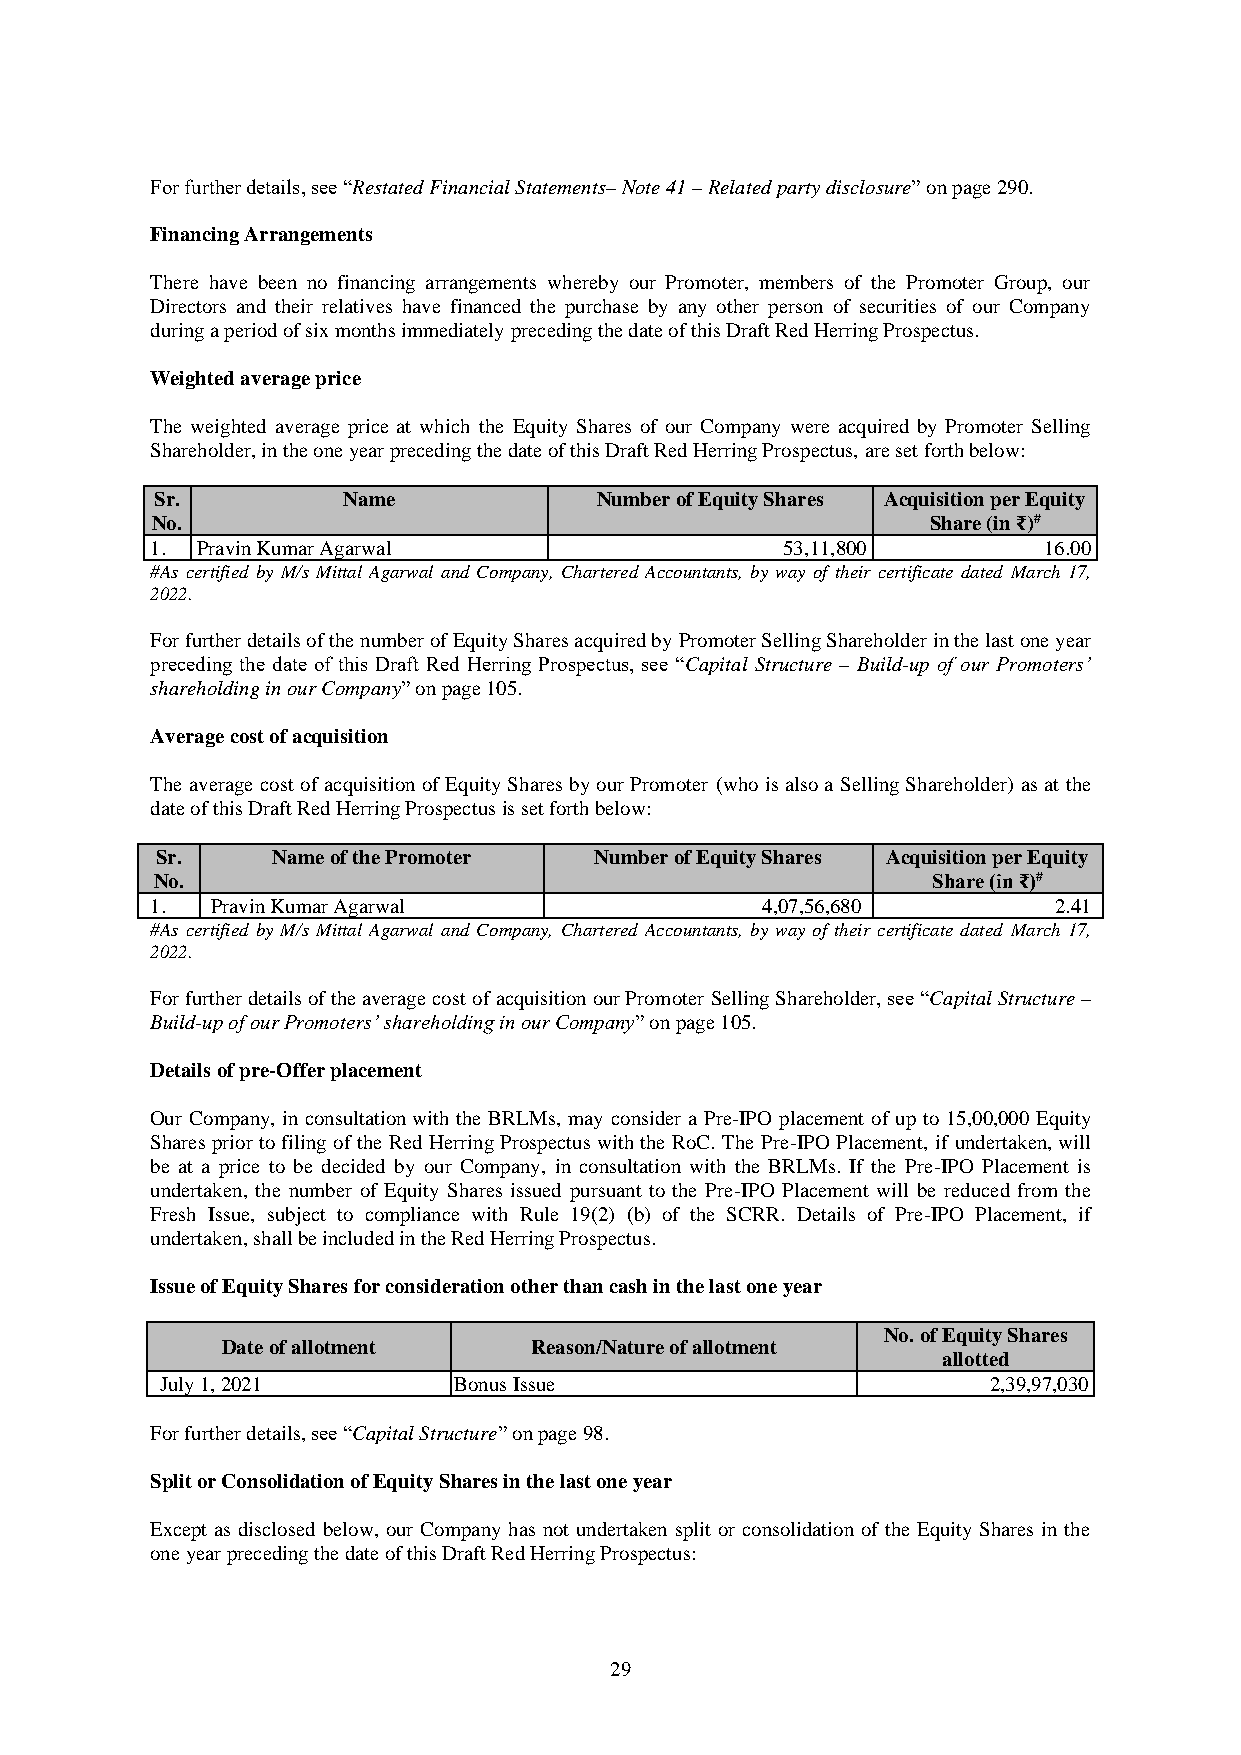
For further details, see “Restated Financial Statements– Note 41 – Related party disclosure” on page 290.
 Financing Arrangements
 There have been no financing arrangements whereby our Promoter, members of the Promoter Group, our
 Directors and their relatives have financed the purchase by any other person of securities of our Company
 during a period of six months immediately preceding the date of this Draft Red Herring Prospectus.
 Weighted average price
 The weighted average price at which the Equity Shares of our Company were acquired by Promoter Selling
 Shareholder, in the one year preceding the date of this Draft Red Herring Prospectus, are set forth below:
 Sr.          Name            Number of Equity Shares Acquisition per Equity
 No.                                                 Share (in ₹)#
 1. Pravin Kumar Agarwal                   53,11,800        16.00
 #As certified by M/s Mittal Agarwal and Company, Chartered Accountants, by way of their certificate dated March 17,
 2022.
 For further details of the number of Equity Shares acquired by Promoter Selling Shareholder in the last one year
 preceding the date of this Draft Red Herring Prospectus, see “Capital Structure – Build-up of our Promoters’
 shareholding in our Company” on page 105.
 Average cost of acquisition
 The average cost of acquisition of Equity Shares by our Promoter (who is also a Selling Shareholder) as at the
 date of this Draft Red Herring Prospectus is set forth below:
 Sr.     Name of the Promoter Number of Equity Shares Acquisition per Equity
 No.                                                 Share (in ₹)#
 1.  Pravin Kumar Agarwal                4,07,56,680         2.41
 #As certified by M/s Mittal Agarwal and Company, Chartered Accountants, by way of their certificate dated March 17,
 2022.
 For further details of the average cost of acquisition our Promoter Selling Shareholder, see “Capital Structure –
 Build-up of our Promoters’ shareholding in our Company” on page 105.
 Details of pre-Offer placement
 Our Company, in consultation with the BRLMs, may consider a Pre-IPO placement of up to 15,00,000 Equity
 Shares prior to filing of the Red Herring Prospectus with the RoC. The Pre-IPO Placement, if undertaken, will
 be at a price to be decided by our Company, in consultation with the BRLMs. If the Pre-IPO Placement is
 undertaken, the number of Equity Shares issued pursuant to the Pre-IPO Placement will be reduced from the
 Fresh Issue, subject to compliance with Rule 19(2) (b) of the SCRR. Details of Pre-IPO Placement, if
 undertaken, shall be included in the Red Herring Prospectus.
 Issue of Equity Shares for consideration other than cash in the last one year
 No. of Equity Shares
 Date of allotment   Reason/Nature of allotment
 allotted
 July 1, 2021       Bonus Issue                        2,39,97,030
 For further details, see “Capital Structure” on page 98.
 Split or Consolidation of Equity Shares in the last one year
 Except as disclosed below, our Company has not undertaken split or consolidation of the Equity Shares in the
 one year preceding the date of this Draft Red Herring Prospectus:
 29